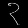
Digit: ၃